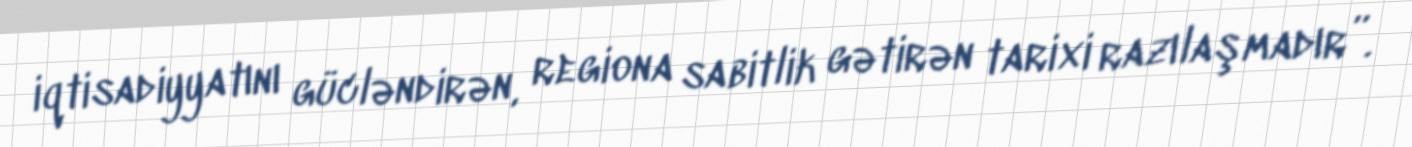
iqtisadiyyatını gücləndirən, regiona sabitlik gətirən tarixi razılaşmadır”.